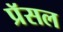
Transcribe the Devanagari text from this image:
प्रॅसल